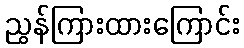
ညွန်ကြားထားကြောင်း